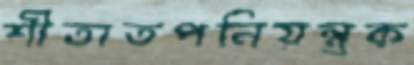
শীতাতপনিয়ন্ত্রক